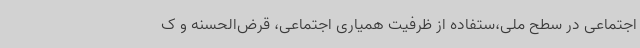
اجتماعی در سطح ملی،ستفاده از ظرفیت همیاری اجتماعی، قرض‌الحسنه و ک